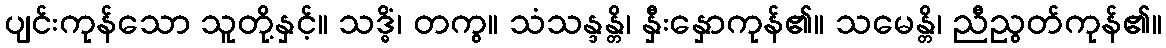
ပျင်းကုန်သော သူတို့နှင့်။ သဒ္ဓိံ၊ တကွ။ သံသန္ဒန္တိ၊ နှီးနှောကုန်၏။ သမေန္တိ၊ ညီညွတ်ကုန်၏။